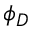
\phi _ { D }